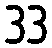
33